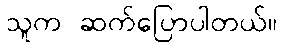
သူက ဆက်ပြောပါတယ်။